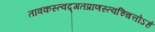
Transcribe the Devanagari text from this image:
तावकस्त्वद्गतप्राणस्त्वच्चित्तोऽहं